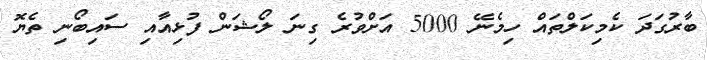
ބާރުގަދަ ކެމިކަލްތައް ހިމެނޭ 5000 އަށްވުރެ ގިނަ ލޯޝަން ފުޅިއާއި ސައިބޯނި ތެޔޮ